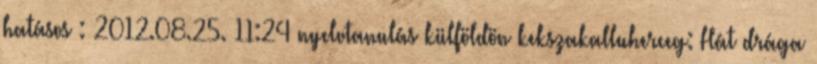
hatásos : 2012.08.25. 11:24 nyelvtanulás külföldön kekszakalluherceg: Hát drága